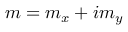
m = m _ { x } + i m _ { y }